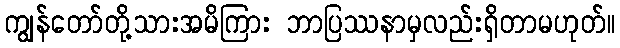
ကျွန်တော်တို့သားအမိကြား ဘာပြဿနာမှလည်းရှိတာမဟုတ်။